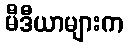
မီဒီယာများက